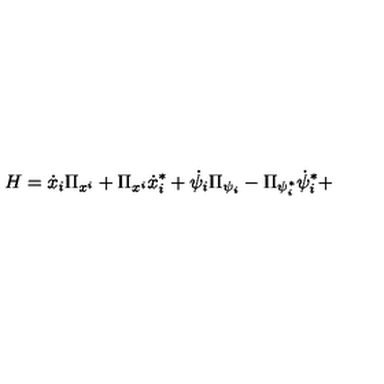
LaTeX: H = \dot { x } _ { i } \Pi _ { x ^ { i } } + \Pi _ { x ^ { i } } \dot { x } _ { i } ^ { * } + \dot { \psi } _ { i } \Pi _ { \psi _ { i } } - \Pi _ { \psi _ { i } ^ { * } } \dot { \psi } _ { i } ^ { * } +